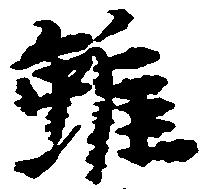
雖